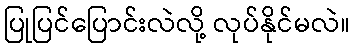
ပြုပြင်ပြောင်းလဲလို့ လုပ်နိုင်မလဲ။